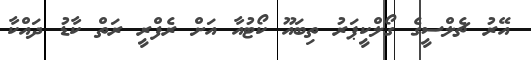
އޭރު ޗެލްސީގެ ގޯލްކީޕަރު ތިބައޫ ކޯޓުއާ އަށް ރެފްރީ ރަތް ކާޑު ދައްކާ